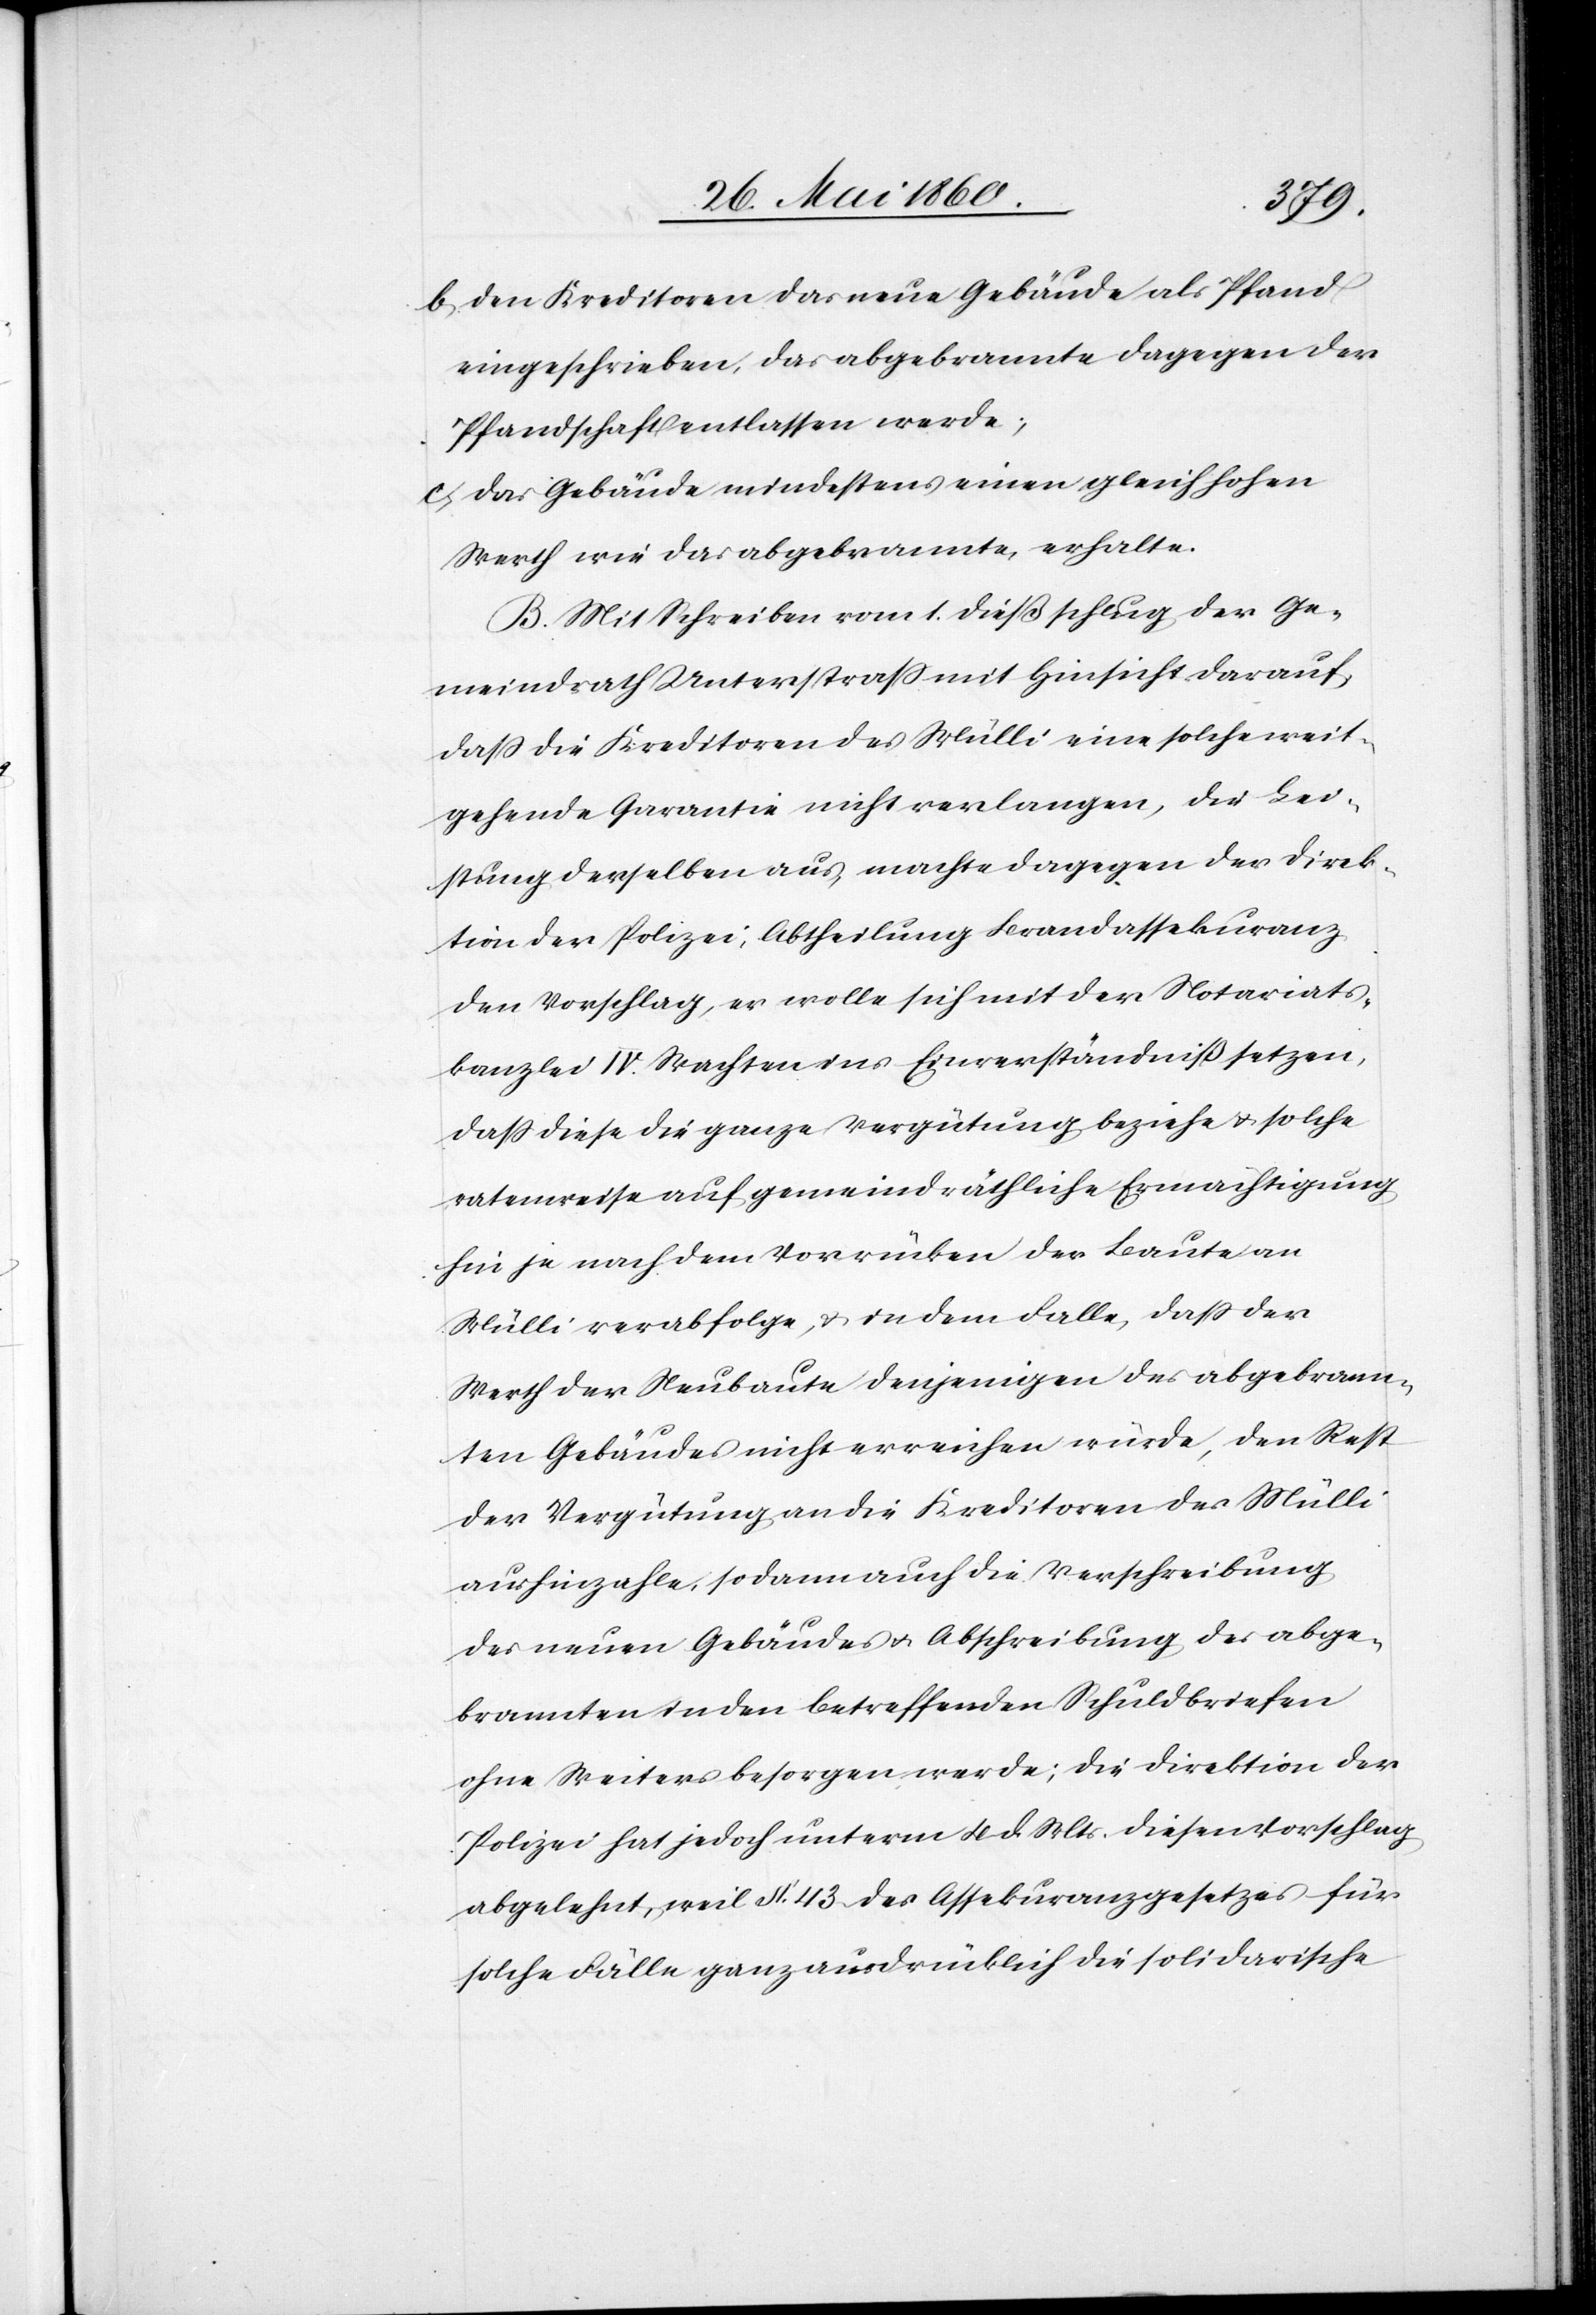
b. Den Kreditoren das neue Gebäude als Pfand
eingeschrieben, das abgebrannte dagegen der
Pfandschaft entlassen werde;
c. Das Gebäude mindestens einen gleich hohen
Werth wie das abgebrannte, erhalte.
B. Mit Schreiben vom 1. dieß schlug der Ge¬
meindrath Unterstrass mit Hinsicht darauf,
dass die Kreditoren des Mülli eine solche weit¬
gehende Garantie nicht verlangen, die Lei¬
stung derselben aus, macht dagegen der Direk¬
tion der Polizei, Abtheilung Brandassekuranz
den Vorschlag, es wolle sich mit der Notariats¬
kanzlei IV. Wachten ins Einverständniss setzen,
dass diese die ganze Vergütung beziehe u. solche
ratenweise auf gemeindräthliche Ermächtigung
hin je nach dem Vorrücken der Baute an
Mülli verabfolge, u. in dem Falle, dass der
Werth der Neubaute denjenigen des abgebrann¬
ten Gebäudes nicht erreichen würde, den Rest
der Vergütung an die Kreditoren des Mülli
aushinzuzahlen, sodann auch die Verschreibung
des neuen Gebäudes u. Abschreibung der abge¬
brannten in den betreffenden Schuldbriefen
ohne Weiters besorgen werde; die Direktion der
Polizei hat jedoch unterm 4. d. Mts. diesen Vorschlag
abgelehnt, weil §. 43. ganz ausdrücklich die solidarische